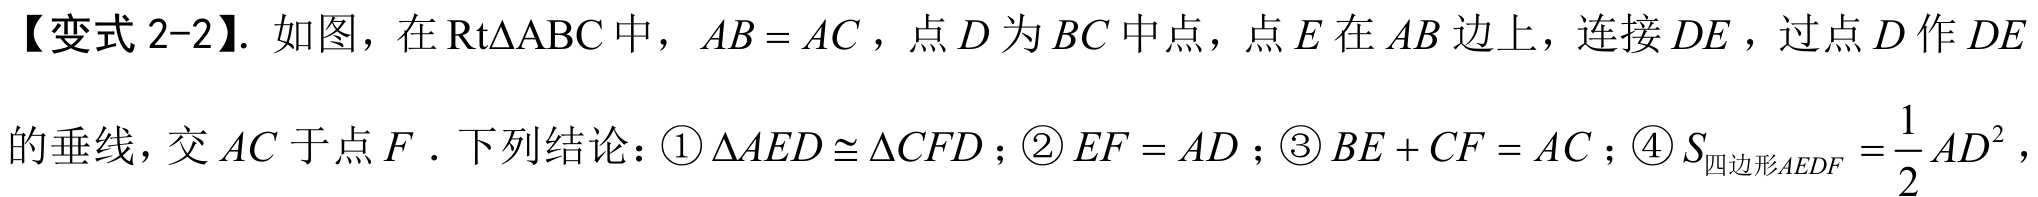
【变式 2-2】. 如图，在 \(\text{Rt}\triangle ABC\) 中，\(AB = AC\)，点 \(D\) 为 \(BC\) 中点，点 \(E\) 在 \(AB\) 边上，连接 \(DE\) ，过点 \(D\) 作 \(DE\) 的垂线，交 \(AC\) 于点 \(F\) ．下列结论：\textcircled{1}\(\triangle AED\cong\triangle CFD\)；\textcircled{2}\(EF = AD\)；\textcircled{3}\(BE + CF = AC\)；\textcircled{4}\(S_{四边形AEDF}=\frac{1}{2}AD^{2}\)，